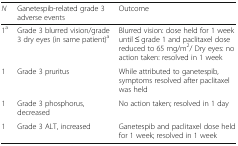
| N | Ganetespib-related grade 3 adverse events | Outcome |
 | --- | --- | --- |
 | 1a | Grade 3 blurred vision/grade 3 dry eyes (in same patient)a | Blurred vision: dose held for 1 week until ≤ grade 1 and paclitaxel dose reduced to 65 mg/m2/ Dry eyes: no action taken: resolved in 1 week |
 | 1 | Grade 3 pruritus | While attributed to ganetespib, symptoms resolved after paclitaxel was held |
 | 1 | Grade 3 phosphorus, decreased | No action taken; resolved in 1 day |
 | 1 | Grade 3 ALT, increased | Ganetespib and paclitaxel dose held for 1 week; resolved in 1 week |